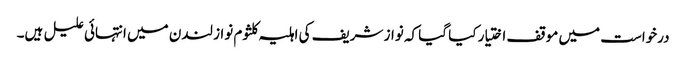
درخواست میں موقف اختیار کیا گیا کہ نواز شریف کی اہلیہ کلثوم نواز لندن میں انتہائی علیل ہیں۔